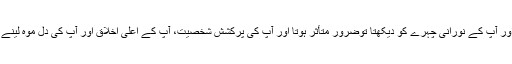
جو ہندو بھی پوجا پاٹ کر کے مندر سے نکلتا اور آپ کے نورانی چہرے کو دیکھتا توضرور متأثر ہوتا اور آپ کی پرکشش شخصیت، آپ کے اعلیٰ اخلاق اور آپ کی دل موہ لینے والی گفتار کے باعث حلقہ بگوشِ اسلام ہو جاتا۔